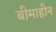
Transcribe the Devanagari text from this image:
बीमाहीन